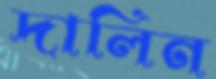
দালিন